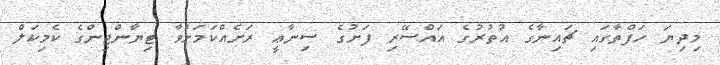
މިދިޔަ ހަފްތާގައި ޗައިނާގެ އުތުރުގެ އައްސޭރި ފަށުގެ ސިނާޢީ ރަށެއްކަމަށްވާ ޓިޔާންޖިންގެ ކެމިކަލް